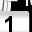
Digit: 1